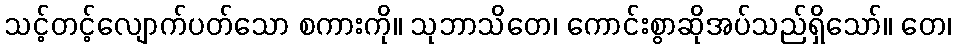
သင့်တင့်လျောက်ပတ်သော စကားကို။ သုဘာသိတေ၊ ကောင်းစွာဆိုအပ်သည်ရှိသော်။ တေ၊